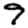
Digit: 9